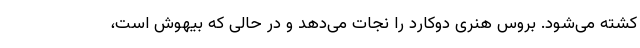
کشته می‌شود. بروس هنری دوکارد را نجات می‌دهد و در حالی که بیهوش است،